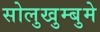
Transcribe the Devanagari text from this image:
सोलुखुम्बुमे